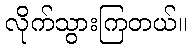
လိုက်သွားကြတယ်။